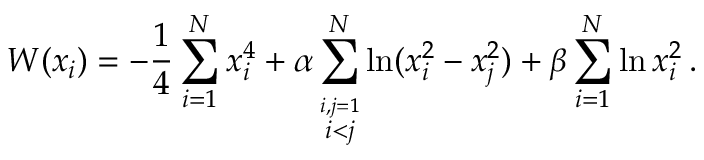
W ( x _ { i } ) = - \frac { 1 } { 4 } \sum _ { i = 1 } ^ { N } x _ { i } ^ { 4 } + \alpha \sum _ { \stackrel { i , j = 1 } { i < j } } ^ { N } \ln ( x _ { i } ^ { 2 } - x _ { j } ^ { 2 } ) + \beta \sum _ { i = 1 } ^ { N } \ln x _ { i } ^ { 2 } \, .